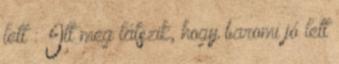
lett : Itt meg látszik, hogy baromi jó lett